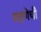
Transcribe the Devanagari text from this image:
राहणेची